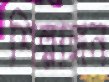
শিল্পাঙ্গন